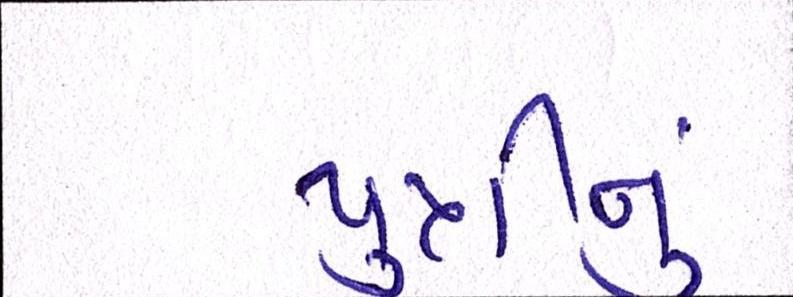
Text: પુત્રીનું